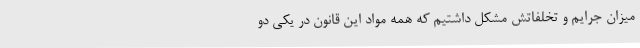
میزان جرایم و تخلفاتش مشکل داشتیم که همه مواد این قانون در یکی دو